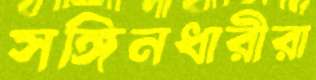
সঙ্গিনধারীরা